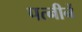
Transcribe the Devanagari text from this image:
पत्नीनें